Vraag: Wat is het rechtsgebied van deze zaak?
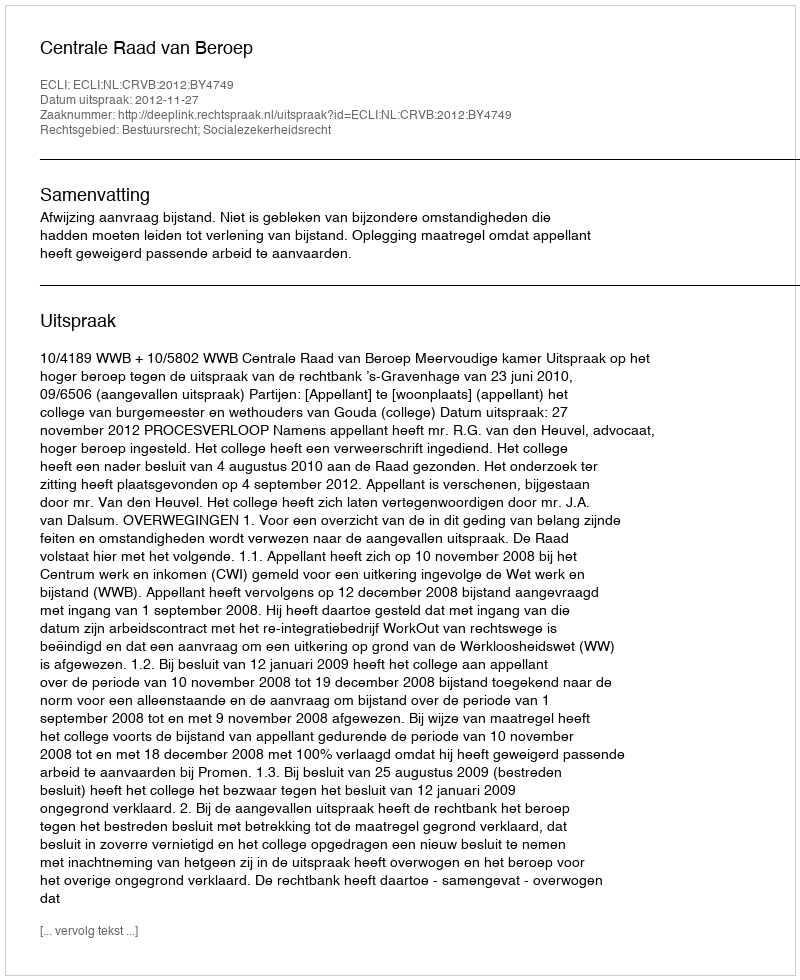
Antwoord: Bestuursrecht; Socialezekerheidsrecht